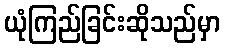
ယုံကြည်ခြင်းဆိုသည်မှာ